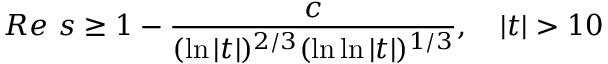
R e \ s \geq 1 - { \frac { c } { ( \ln | t | ) ^ { 2 / 3 } ( \ln \ln | t | ) ^ { 1 / 3 } } } , \quad | t | > 1 0